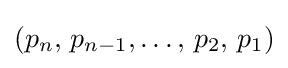
(p_{n},\,p_{n-1},\dots ,\,p_{2},\,p_{1})